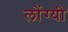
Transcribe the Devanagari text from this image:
लोंग्यी